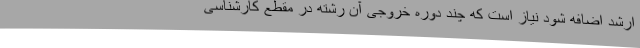
ارشد اضافه شود نیاز است که چند دوره خروجی آن رشته در مقطع کارشناسی